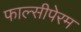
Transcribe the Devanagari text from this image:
फाल्सीपेरम